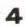
4